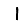
Digit: 1